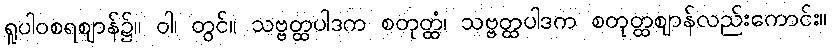
ရူပါဝစရဈာန်၌။ ဝါ၊ တွင်။ သဗ္ဗတ္ထပါဒက စတုတ္ထံ၊ သဗ္ဗတ္ထပါဒက စတုတ္ထဈာန်လည်းကောင်း။